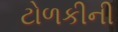
ટોળકીની